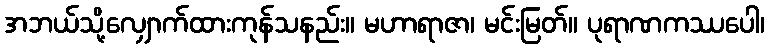
အဘယ်သို့လျှောက်ထားကုန်သနည်း။ မဟာရာဇာ၊ မင်းမြတ်။ ပုရာဏကဿပေါ၊